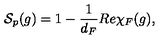
{ \cal S } _ { p } ( g ) = 1 - \frac { 1 } { d _ { F } } R e \chi _ { F } ( g ) ,